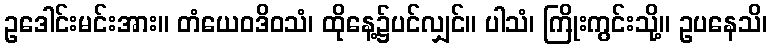
ဥဒေါင်းမင်းအား။ တံယေဝဒိဝသံ၊ ထိုနေ့၌ပင်လျှင်။ ပါသံ၊ ကြိုးကွင်းသို့။ ဥပနေသိ၊